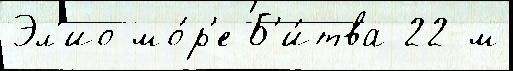
Эл'ио мо́р'е Б'и́тва 22-м